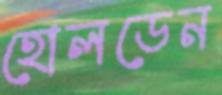
হোলডেন